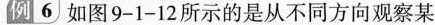
例6如图9-1-12所示的是从不同方向观察某